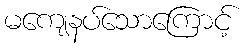
မကျေနပ်သောကြောင့်